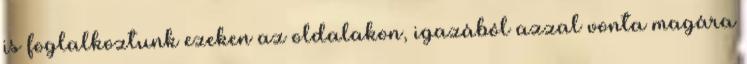
is foglalkoztunk ezeken az oldalakon, igazából azzal vonta magára